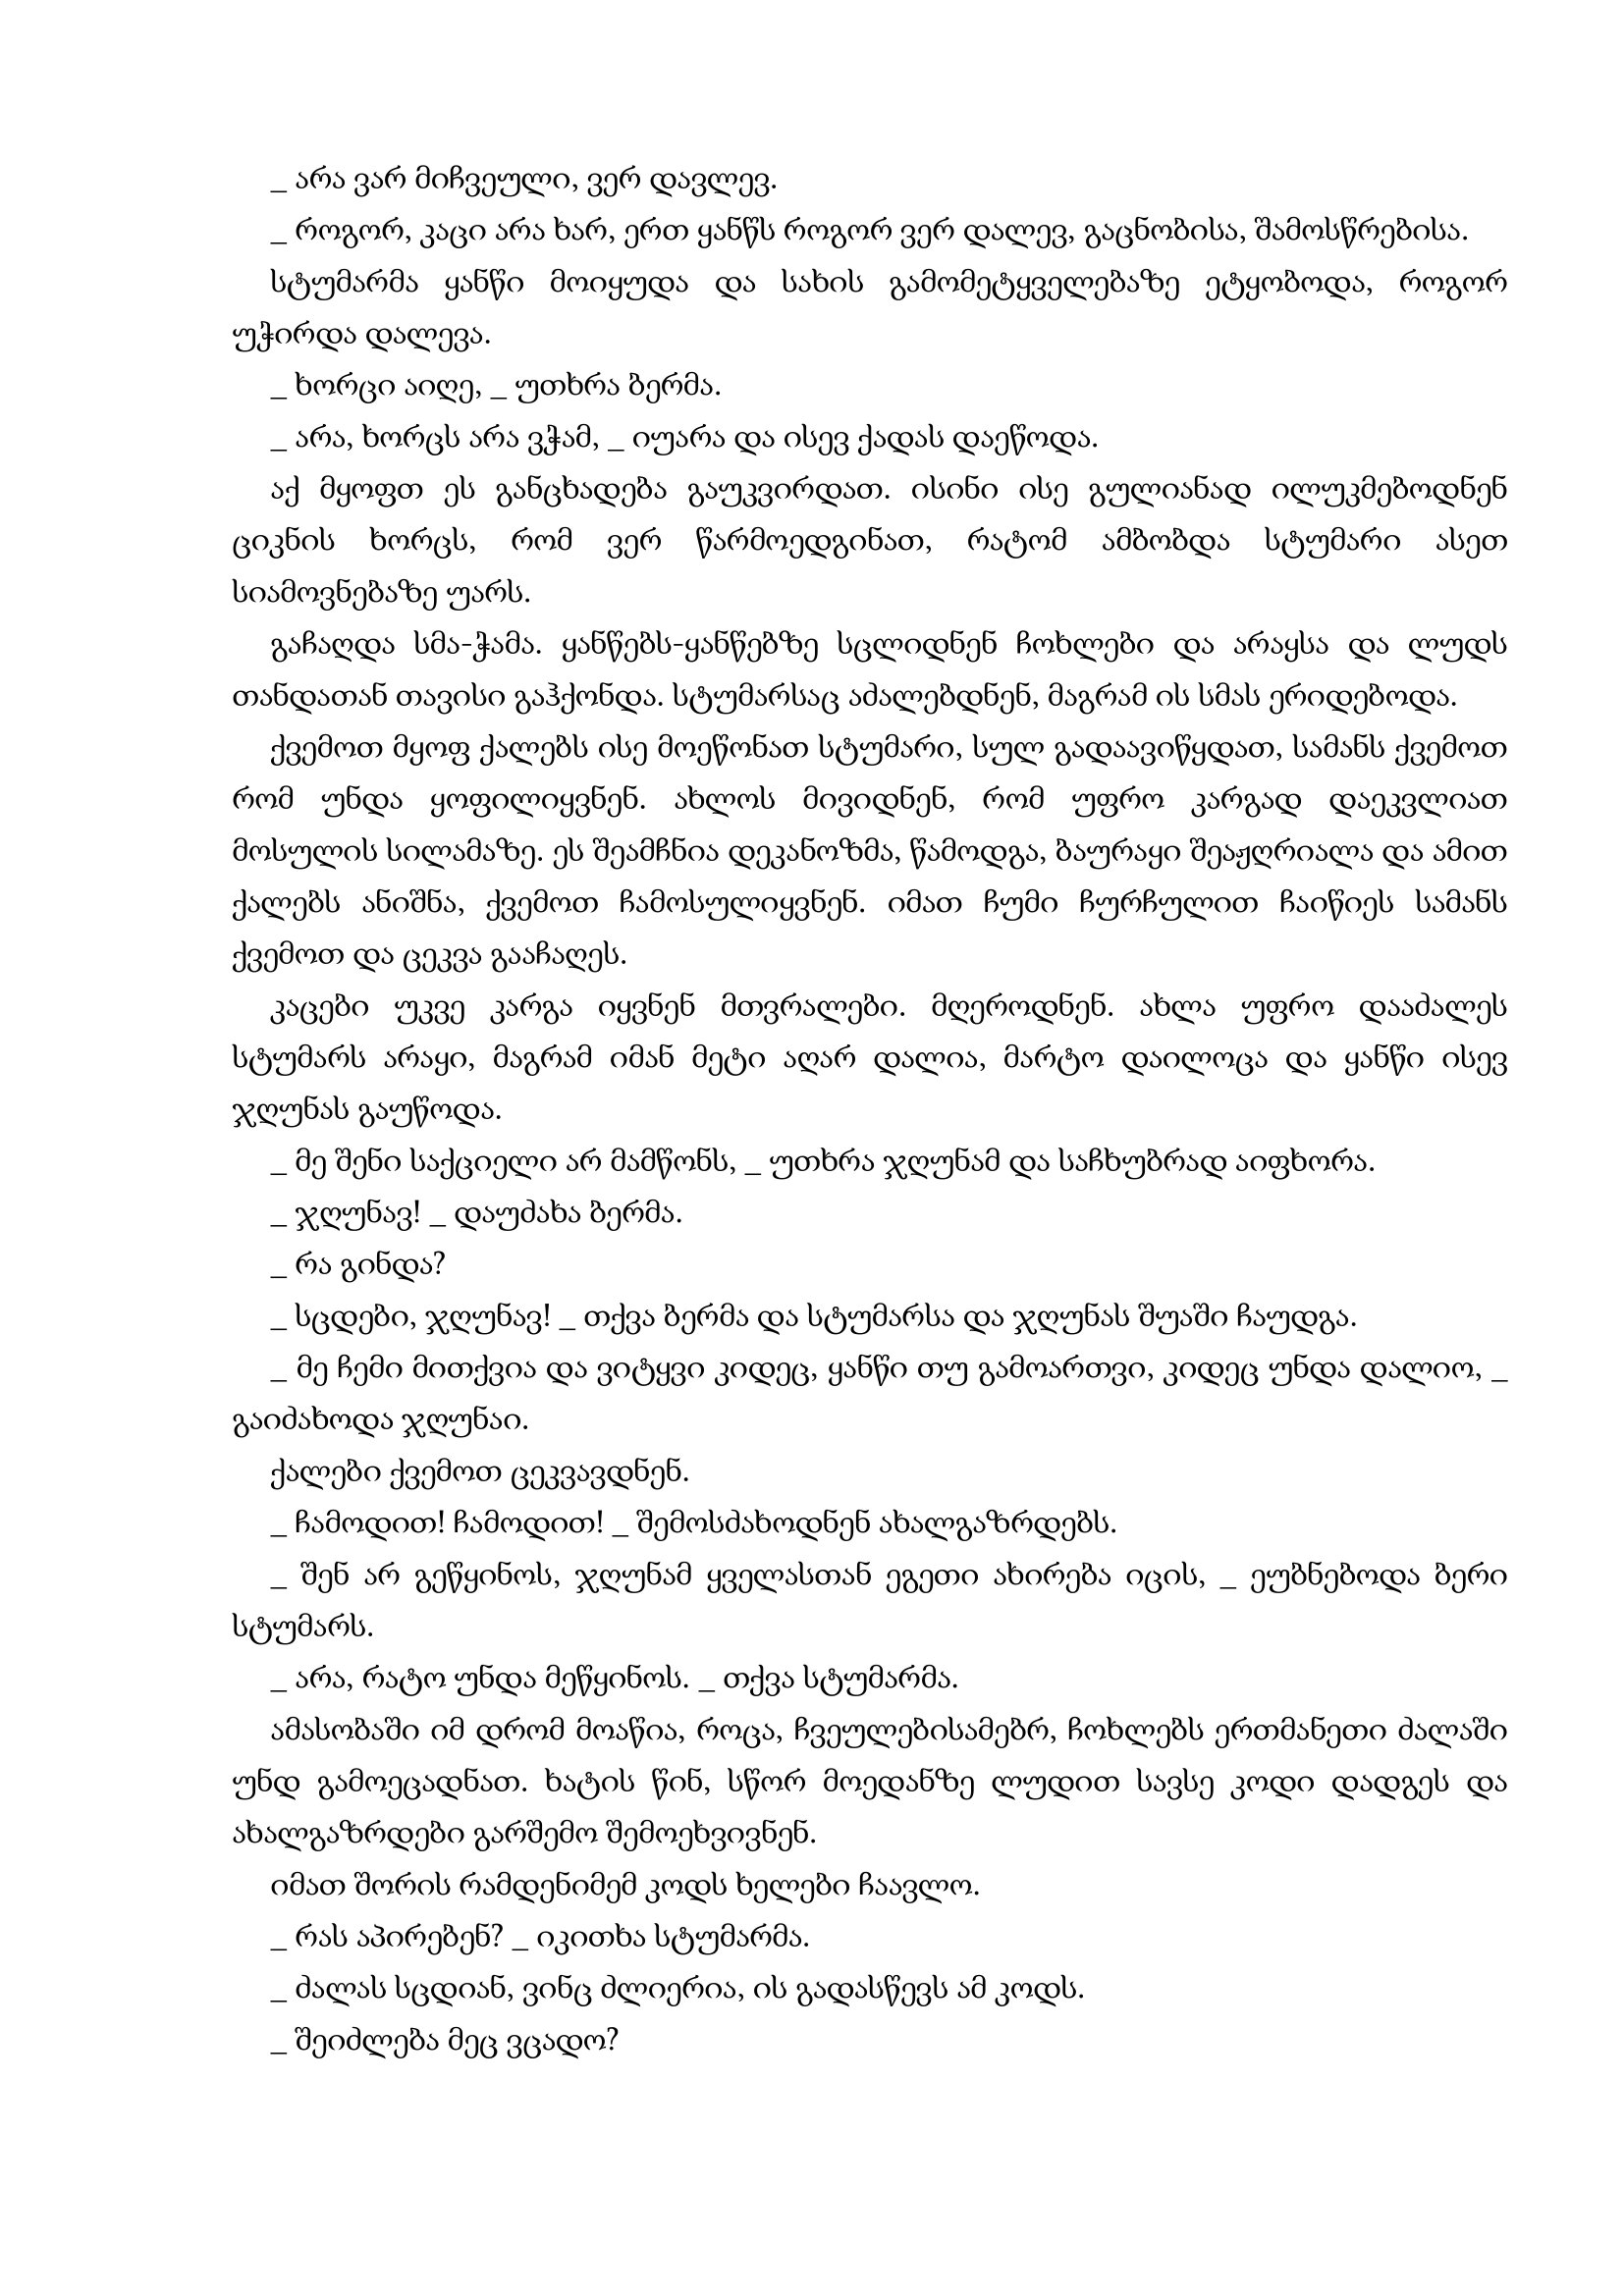
Language: gr